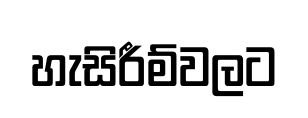
හැසිරීම්වලට